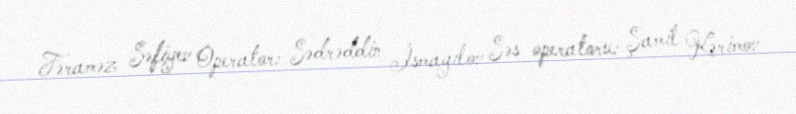
Fəraməz Səfiyev Operator: Sədrəddin İsmayılov Səs operatoru: Şamil Kərimov